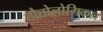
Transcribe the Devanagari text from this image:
तौतोलोगिकल